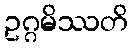
ဥဂ္ဂမိဿတိ